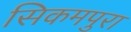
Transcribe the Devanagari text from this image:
सिकमपुरा